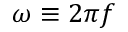
\omega \equiv 2 \pi f